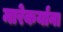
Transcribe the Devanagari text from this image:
मारेकर्यांना